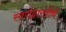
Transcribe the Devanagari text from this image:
स्वर्गद्वारतीर्थ